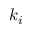
k _ { i }